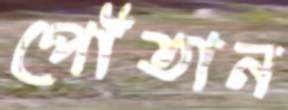
পোঁতান